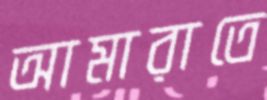
আমারাতে